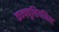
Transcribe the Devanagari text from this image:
कन्फ्यूशियनिस्ट